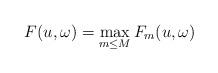
LaTeX: \begin{align*} F(u,\omega) = \max_{m\leq M} F_m (u,\omega) \end{align*}